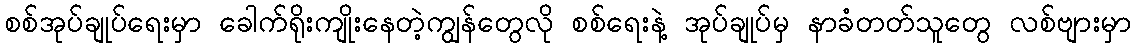
စစ်အုပ်ချုပ်ရေးမှာ ခေါက်ရိုးကျိုးနေတဲ့ကျွန်တွေလို စစ်ရေးနဲ့ အုပ်ချုပ်မှ နာခံတတ်သူတွေ လစ်ဗျားမှာ